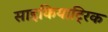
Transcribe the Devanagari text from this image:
साइकियाट्रिक